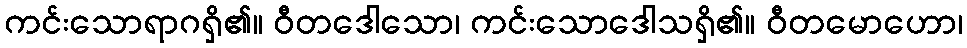
ကင်းသောရာဂရှိ၏။ ဝီတဒေါသော၊ ကင်းသောဒေါသရှိ၏။ ဝီတမောဟော၊